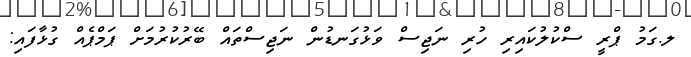
ލ.ގަމު ޕްރީ ސްކުލުކައިރި ހުރި ނަޖިސް ވަޅުގަނޑުން ނަޖިސްތައް ބޭރުކުރުމަށް ޕަމްޕެއް ގުޅާފައި: